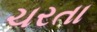
ચરતા